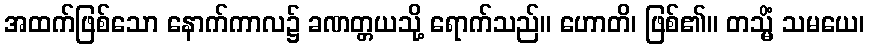
အထက်ဖြစ်သော နောက်ကာလ၌ ခဏတ္တယသို့ ရောက်သည်။ ဟောတိ၊ ဖြစ်၏။ တသ္မိံ သမယေ၊